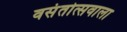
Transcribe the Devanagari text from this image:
वसंतोत्सवाला